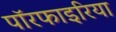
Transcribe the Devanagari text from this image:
पॉरफाइरिया